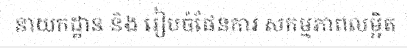
នាយកដ្ឋាន និង រៀបចំផែនការ សកម្មភាពលម្អិត